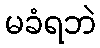
မခံရဘဲ